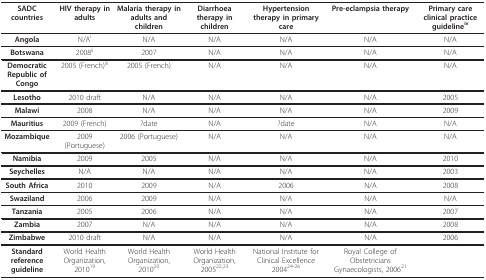
<table><thead><tr><td><b>SADC countries</b></td><td><b>HIV therapy in adults</b></td><td><b>Malaria therapy in adults and children</b></td><td><b>Diarrhoea therapy in children</b></td><td><b>Hypertension therapy in primary care</b></td><td><b>Pre-eclampsia therapy</b></td><td><b>Primary care clinical practice guideline<sup>iv</sup></b></td></tr></thead><tbody><tr><td><b>Angola</b></td><td>N/A<sup>i</sup></td><td>N/A</td><td>N/A</td><td>N/A</td><td>N/A</td><td>N/A</td></tr><tr><td><b>Botswana</b></td><td>2008<sup>ii</sup></td><td>2007</td><td>N/A</td><td>N/A</td><td>N/A</td><td>N/A</td></tr><tr><td><b>Democratic Republic of Congo</b></td><td>2005 (French)<sup>iii</sup></td><td>2005 (French)</td><td>N/A</td><td>N/A</td><td>N/A</td><td>N/A</td></tr><tr><td><b>Lesotho</b></td><td>2010 draft</td><td>N/A</td><td>N/A</td><td>N/A</td><td>N/A</td><td>2005</td></tr><tr><td><b>Malawi</b></td><td>2008</td><td>N/A</td><td>N/A</td><td>N/A</td><td>N/A</td><td>2009</td></tr><tr><td><b>Mauritius</b></td><td>2009 (French)</td><td>?date</td><td>N/A</td><td>?date</td><td>N/A</td><td>N/A</td></tr><tr><td><b>Mozambique</b></td><td>2009 (Portuguese)</td><td>2006 (Portuguese)</td><td>N/A</td><td>N/A</td><td>N/A</td><td>N/A</td></tr><tr><td><b>Namibia</b></td><td>2009</td><td>2005</td><td>N/A</td><td>N/A</td><td>N/A</td><td>2010</td></tr><tr><td><b>Seychelles</b></td><td>N/A</td><td>N/A</td><td>N/A</td><td>N/A</td><td>N/A</td><td>2003</td></tr><tr><td><b>South Africa</b></td><td>2010</td><td>2009</td><td>N/A</td><td>2006</td><td>N/A</td><td>2008</td></tr><tr><td><b>Swaziland</b></td><td>2006</td><td>2009</td><td>N/A</td><td>N/A</td><td>N/A</td><td>N/A</td></tr><tr><td><b>Tanzania</b></td><td>2005</td><td>2006</td><td>N/A</td><td>N/A</td><td>N/A</td><td>2007</td></tr><tr><td><b>Zambia</b></td><td>2007</td><td>N/A</td><td>N/A</td><td>N/A</td><td>N/A</td><td>2008</td></tr><tr><td><b>Zimbabwe</b></td><td>2010 draft</td><td>N/A</td><td>N/A</td><td>N/A</td><td>N/A</td><td>2006</td></tr><tr><td><b>Standard reference guideline</b></td><td>World Health Organization, 2010<sup>19</sup></td><td>World Health Organization, 2010<sup>20</sup></td><td>World Health Organization, 2005<sup>22,23</sup></td><td>National Institute for Clinical Excellence 2004<sup>24-26</sup></td><td>Royal College of Obstetricians Gynaecologists, 2006<sup>21</sup></td><td></td></tr></tbody></table>